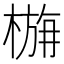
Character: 𭫛